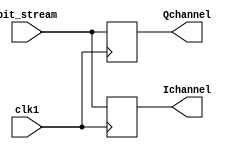
module Split(clk1, bit_stream, Ichannel, Qchannel);
  input clk1;
  input bit_stream;
  output reg Ichannel, Qchannel;
  always @(posedge clk1)
  begin
    Ichannel = bit_stream;
  end
  always @(negedge clk1)
  begin
    Qchannel = bit_stream;
  end
endmodule